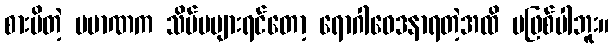
စားမိတဲ့ ပမာဏက သိပ်မများရင်တော့ ရောဂါဝေဒနာရတဲ့အထိ မဖြစ်ပါဘူး။